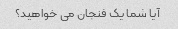
آیا شما یک فنجان می خواهید؟